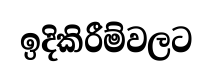
ඉදිකිරීම්වලට